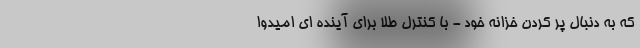
که به دنبال پر کردن خزانه خود - با کنترل طلا برای آینده ای امیدوا